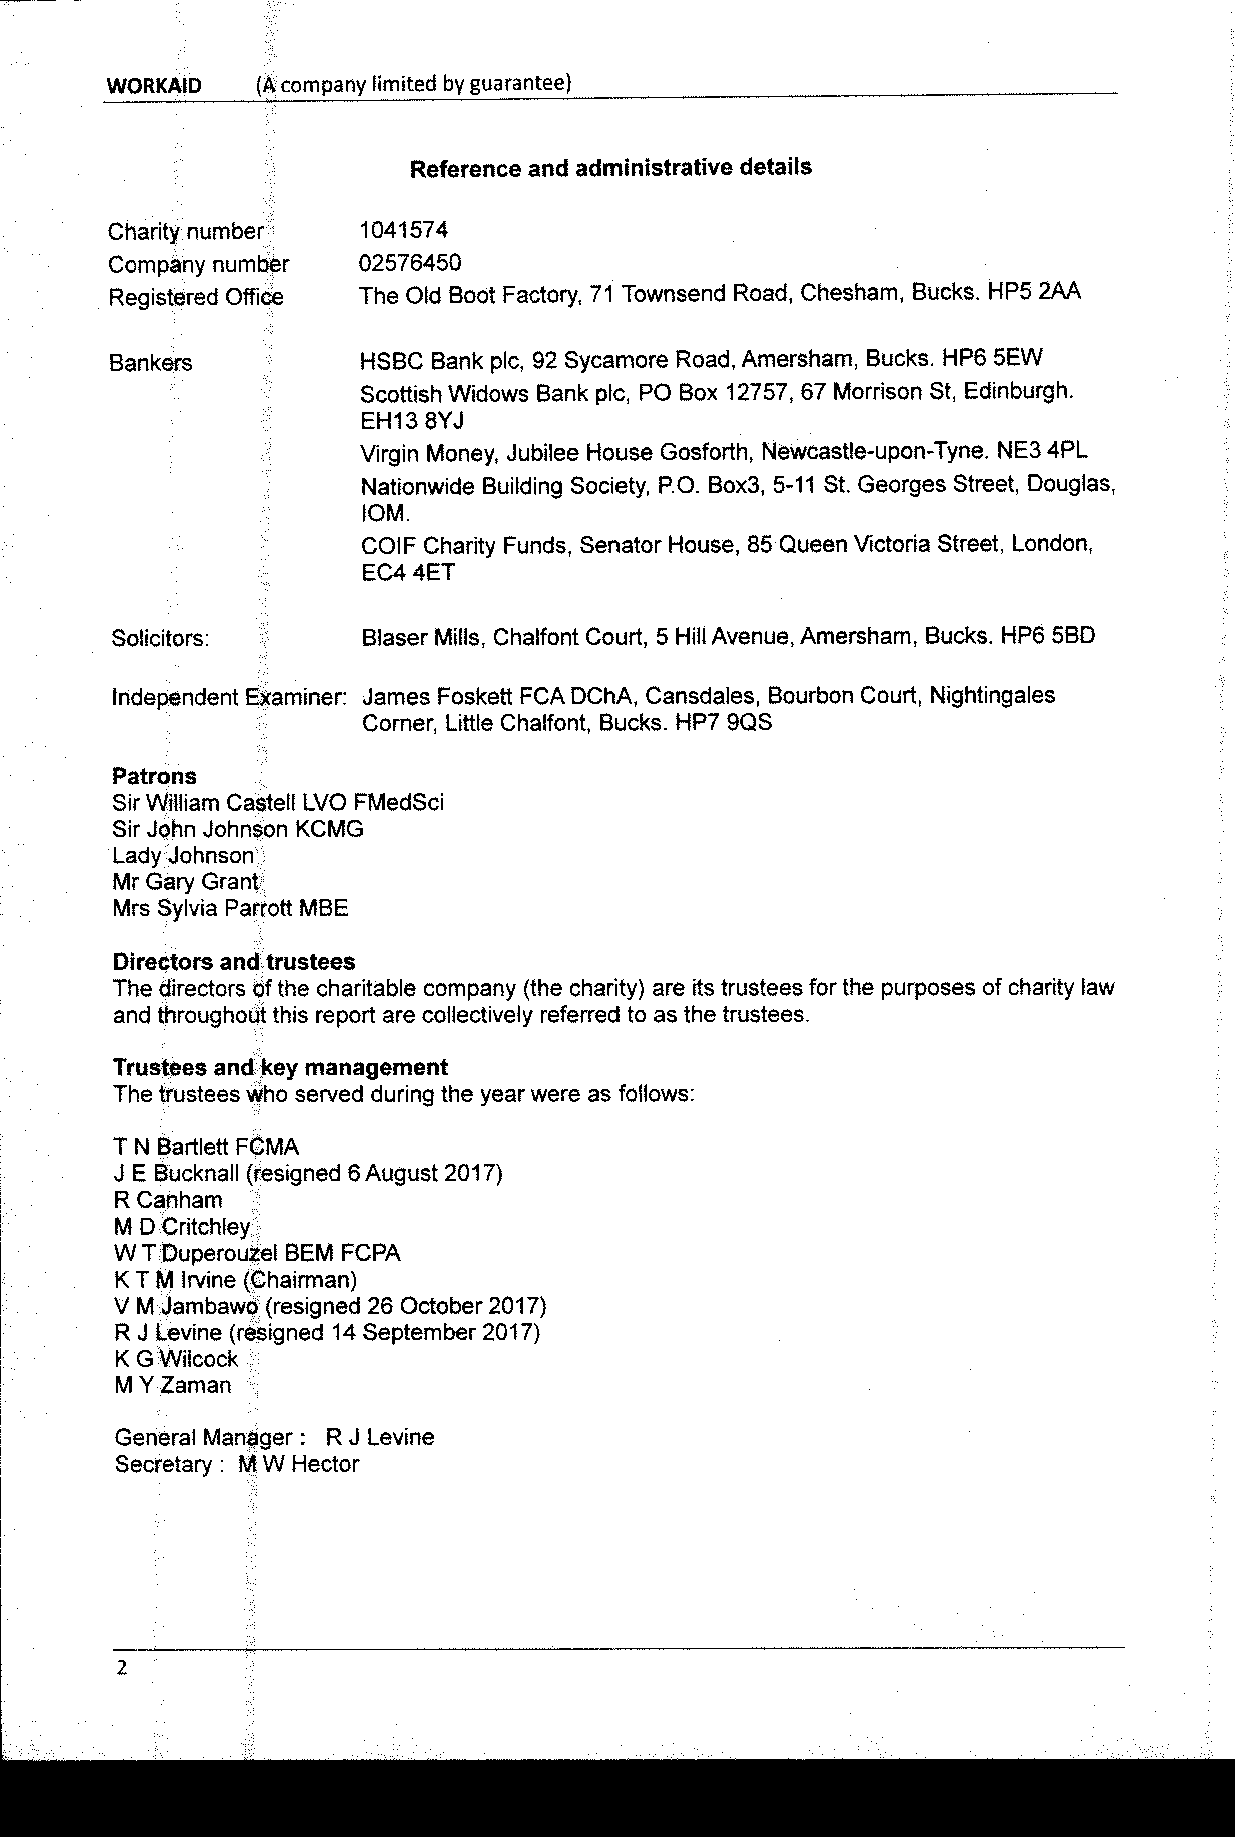
MIORKAIO  (Acompany limited by guarantee)
 Reference and administrative details
 Charity number   1041574
 Company number   02576450
 Registered Office The Old Boot Factory, 71 Townsend Road, Chesham, Bucks. HP5 2AA
 Bankers          HSBC Bank pic, 92 Sycamore Road, Amersham, Bucks. HP6 5EW
 Scottish Widows Bank pic, PO Box 12757, 67 Morrison St, Edinburgh,
 EH13 8YJ
 Virgin Money, Jubilee House Gosforth, Newcastle-upon-Tyne. NE3 4PL
 Nationwide Building Society, P.O. Box3, 5-11 St.Georges Street, Douglas,
 IOM.
 COIF Charity Funds, Senator House, 85Queen Victoria Street, London,
 EC4 4ET
 Solicitors:      Blaser Mills, Chalfont Court, 5 Hill Avenue, Amersham, Bucks. HP6 5BD
 Independent Examiner: James Foskett FCA DChA, Cansdales, Bourbon Court, Nightingales
 Corner, Little Chalfont, Bucks. HP7 9QS
 Patrons
 Sir William Castell LVO FMedSci
 Sir John Johnson KCMG
 Lady Johnson
 Mr Gary Grant
 Mrs Sylvia Parrott MBE
 Directors and trustees
 The directors ofthe charitable company {thecharity) are its trustees for the purposes ofcharity law
 and throughout this report are collectively referred to as the trustees.
 Trustees and key management
 The trustees who served during the year were as follows:
 T N Bartlett FCMA
 J E Bucknall (resigned 6August 2017)
 R Canham
 M D Critchley
 W TDuperouzel BEM FCPA
 KTM Irvine (Chairman)
 V M Jambawo (resigned 26 October 201?)
 R J Levine (resigned 14September 2017)
 K G Wilcock
 M YZaman
 General Manager: R J Levine
 Secretary: M W Hector